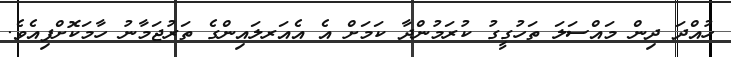
ހުއްދަ ދިން މައްސަލަ ތަހުގީގު ކުރަމުންދާ ކަމަށް އެ އެއަރލައިންގެ ތަރުޖަމާނު ހާމަކޮށްފިއެވެ.